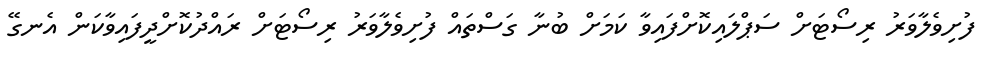
ފުށިވެލާވަރު ރިސޯޓަށް ސަޕްލައިކޮށްފައިވާ ކަމަށް ބުނާ ގަސްތައް ފުށިވެލާވަރު ރިސޯޓަށް ރައްދުކޮށްދީފައިވާކަން އެނގޭ